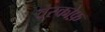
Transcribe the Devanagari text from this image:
वेस्कोफ़